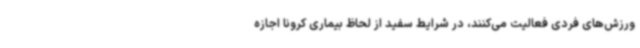
ورزش‌های فردی فعالیت می‌کنند، در شرایط سفید از لحاظ بیماری کرونا اجازه